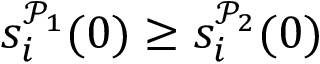
s _ { i } ^ { \mathcal { P } _ { 1 } } ( 0 ) \geq s _ { i } ^ { \mathcal { P } _ { 2 } } ( 0 )